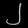
Digit: ၂